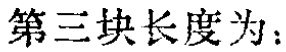
第三块长度为：